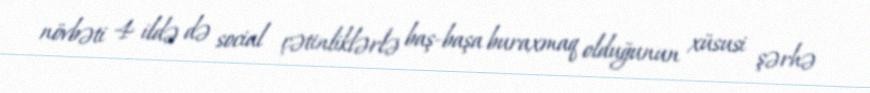
növbəti 4 ildə də social çətinliklərlə baş-başa buraxmaq olduğunun xüsusi şərhə